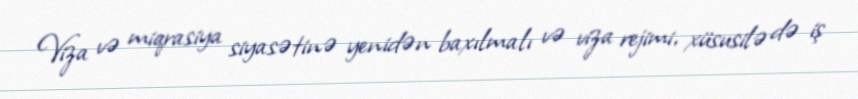
Viza və miqrasiya siyasətinə yenidən baxılmalı və viza rejimi, xüsusilə də iş